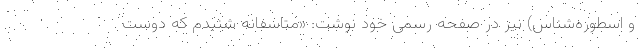
و اسطوره‌شناس) نیز در صفحه رسمی خود نوشت: «متاسفانه شنیدم که دوست